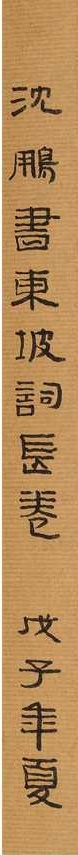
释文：东坡水调歌头，戊子沈鹏。